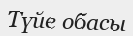
Түйе обасы